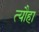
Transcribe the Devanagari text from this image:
त्यौहा